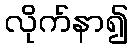
လိုက်နာ၍